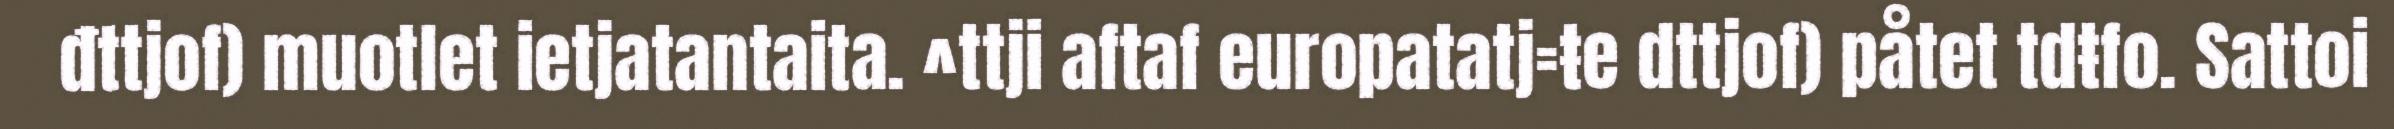
đttjof) muotlet ietjatantaita. ^ttji aftaf europatatj=ŧe dttjof) påtet tdŧfo. Sattoi